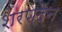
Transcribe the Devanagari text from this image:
शरणदेन